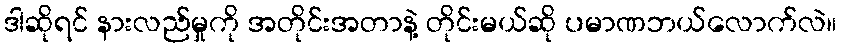
ဒါဆိုရင် နားလည်မှုကို အတိုင်းအတာနဲ့ တိုင်းမယ်ဆို ပမာဏဘယ်လောက်လဲ။